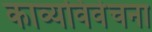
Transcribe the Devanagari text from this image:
काव्यविवेचना